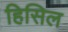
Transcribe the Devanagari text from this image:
हिसिल